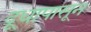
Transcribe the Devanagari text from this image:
दूधापासून